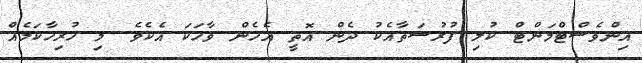
އިންވެސްޓްމަންޓް ކުލި ފުރުސަތާއެކު ދެން އޮތީ އެހެން ވާހަކަ އެކެވެ. މި ހުރިހާކަމެއް